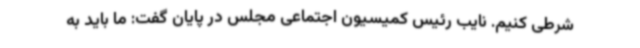
شرطی کنیم. نایب رئیس کمیسیون اجتماعی مجلس در پایان گفت: ما باید به